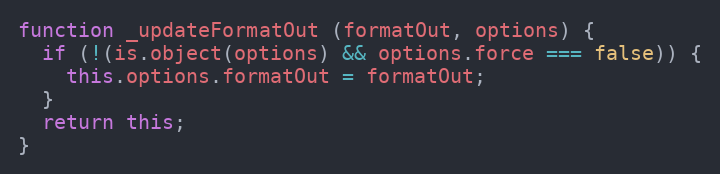
Language: JavaScript
function _updateFormatOut (formatOut, options) {
  if (!(is.object(options) && options.force === false)) {
    this.options.formatOut = formatOut;
  }
  return this;
}